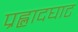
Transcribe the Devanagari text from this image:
प्रह्लादघाट